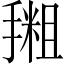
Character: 𪮩